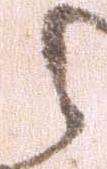
之